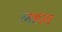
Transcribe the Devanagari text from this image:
लहल